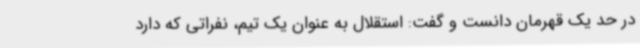
در حد یک قهرمان دانست و گفت: استقلال به عنوان یک تیم، نفراتی که دارد